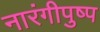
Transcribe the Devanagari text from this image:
नारंगीपुष्प